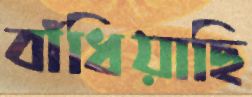
বাঁধিয়াছি